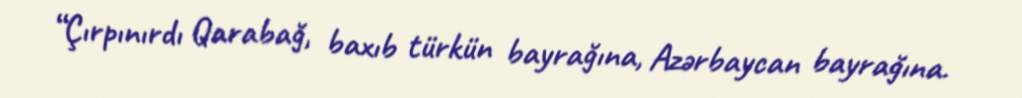
“Çırpınırdı Qarabağ, baxıb türkün bayrağına, Azərbaycan bayrağına.